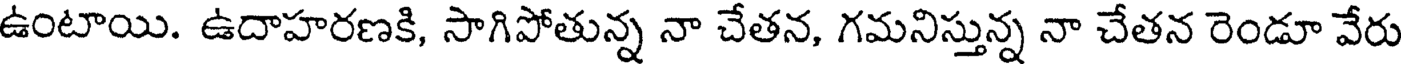
ఉంటాయి. ఉదాహరణకి, సాగిపోతున్న నా చేతన, గమనిస్తున్న నా చేతన రెండూ వేరు